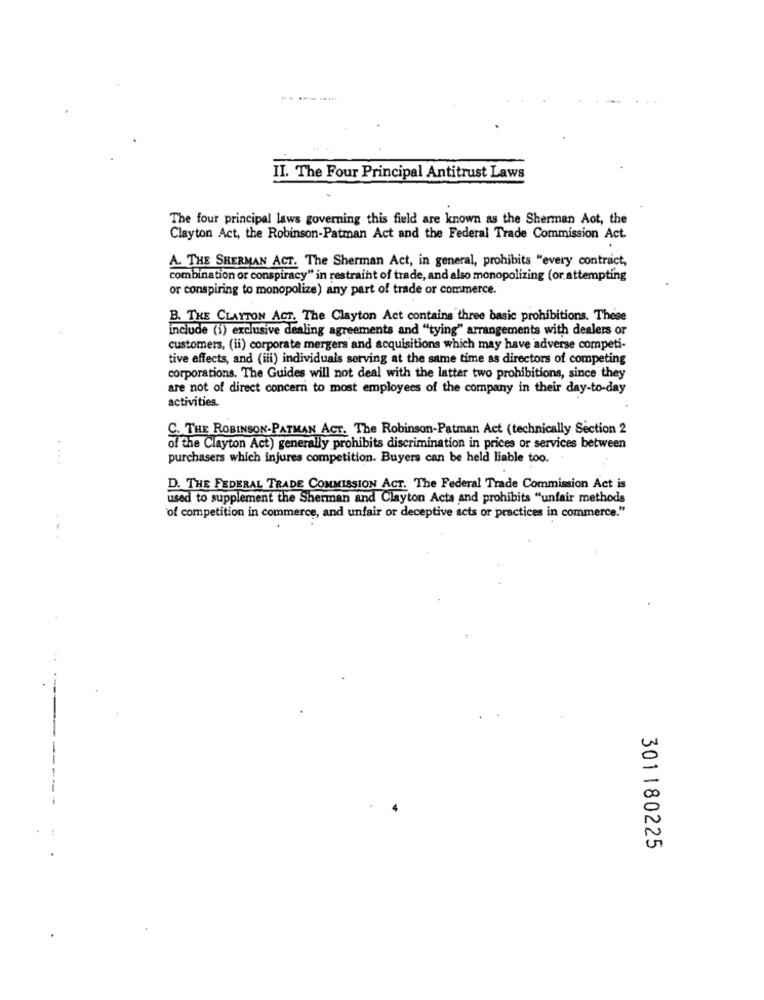
-------
II. The Four Principal Antitrust Laws
The four principal laws governing this field are known as the Sherman Aot, the
Clayton Act, the Robinson-Patman Act and the Federal Trade Commission Act.
A. THE SHERMAN ACT. The Sherman Act, in general, prohibits "every contract,
combination or conspiracy" in restraint of trade, and also monopolizing (or attempting
or conspiring to monopolize) any part of trade or commerce.
B. THE CLAYTON ACT. The Clayton Act contains three basic prohibitions. These
include (i) exclusive dealing agreements and "tying" arrangements with dealers or
customers, (ii) corporate mergers and acquisitions which may have adverse competi-
tive effects, and (iii) individuals serving at the same time as directors of competing
corporations. The Guides will not deal with the latter two prohibitions, since they
are not of direct concern to most employees of the company in their day-to-day
activities.
C. THE ROBINSON-PATMAN ACT. The Robinson-Patman Act (technically Section 2
of the Clayton Act) generally prohibits discrimination in prices or services between
purchasers which injures competition. Buyers can be held liable too.
D. THE FEDERAL TRADE COMMISSION ACT. The Federal Trade Commission Act is
used to supplement the Sherman and Clayton Acta and prohibits "unfair methods
..
'of competition in commerce, and unfair or deceptive acts or practices in commerce."
301180225